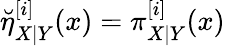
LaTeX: \breve{\eta}_{X|Y}^{[i]}(x)=\pi_{X|Y}^{[i]}(x)